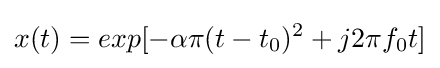
x(t)=exp[-\alpha \pi {(t-t_{0})^{2}}+j2\pi f_{0}t]